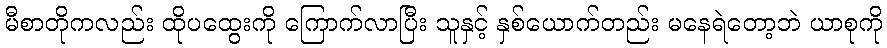
မီစာတိုကလည်း ထိုပထွေးကို ကြောက်လာပြီး သူနှင့် နှစ်ယောက်တည်း မနေရဲတော့ဘဲ ယာစုကို